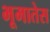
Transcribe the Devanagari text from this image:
भूमातेस